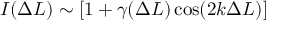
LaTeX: I ( \Delta L ) \sim [ 1 + \gamma ( \Delta L ) \cos ( 2 k \Delta L ) ]